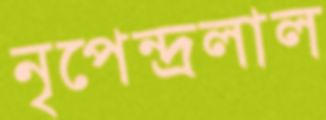
নৃপেন্দ্রলাল